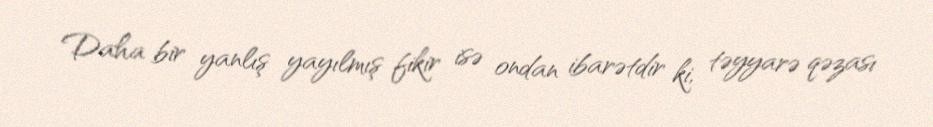
Daha bir yanlış yayılmış fikir isə ondan ibarətdir ki, təyyarə qəzası